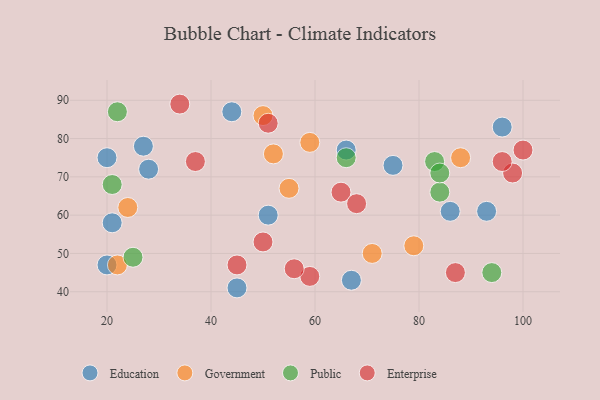
{"axis": {"x": "GDP", "y": "Life Expectancy"}, "legend": ["Education", "Enterprise", "Government", "Public"], "data": [{"x": "21", "y": 58, "type": "Education"}, {"x": "28", "y": 72, "type": "Education"}, {"x": "75", "y": 73, "type": "Education"}, {"x": "66", "y": 77, "type": "Education"}, {"x": "45", "y": 41, "type": "Education"}, {"x": "27", "y": 78, "type": "Education"}, {"x": "96", "y": 83, "type": "Education"}, {"x": "86", "y": 61, "type": "Education"}, {"x": "20", "y": 75, "type": "Education"}, {"x": "51", "y": 60, "type": "Education"}, {"x": "93", "y": 61, "type": "Education"}, {"x": "67", "y": 43, "type": "Education"}, {"x": "20", "y": 47, "type": "Education"}, {"x": "44", "y": 87, "type": "Education"}, {"x": "52", "y": 76, "type": "Government"}, {"x": "71", "y": 50, "type": "Government"}, {"x": "24", "y": 62, "type": "Government"}, {"x": "59", "y": 79, "type": "Government"}, {"x": "50", "y": 86, "type": "Government"}, {"x": "79", "y": 52, "type": "Government"}, {"x": "88", "y": 75, "type": "Government"}, {"x": "22", "y": 47, "type": "Government"}, {"x": "55", "y": 67, "type": "Government"}, {"x": "66", "y": 75, "type": "Public"}, {"x": "83", "y": 74, "type": "Public"}, {"x": "84", "y": 66, "type": "Public"}, {"x": "21", "y": 68, "type": "Public"}, {"x": "94", "y": 45, "type": "Public"}, {"x": "84", "y": 71, "type": "Public"}, {"x": "25", "y": 49, "type": "Public"}, {"x": "22", "y": 87, "type": "Public"}, {"x": "50", "y": 53, "type": "Enterprise"}, {"x": "98", "y": 71, "type": "Enterprise"}, {"x": "87", "y": 45, "type": "Enterprise"}, {"x": "59", "y": 44, "type": "Enterprise"}, {"x": "45", "y": 47, "type": "Enterprise"}, {"x": "37", "y": 74, "type": "Enterprise"}, {"x": "51", "y": 84, "type": "Enterprise"}, {"x": "65", "y": 66, "type": "Enterprise"}, {"x": "96", "y": 74, "type": "Enterprise"}, {"x": "100", "y": 77, "type": "Enterprise"}, {"x": "34", "y": 89, "type": "Enterprise"}, {"x": "56", "y": 46, "type": "Enterprise"}, {"x": "68", "y": 63, "type": "Enterprise"}]}